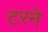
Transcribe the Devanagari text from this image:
टरने